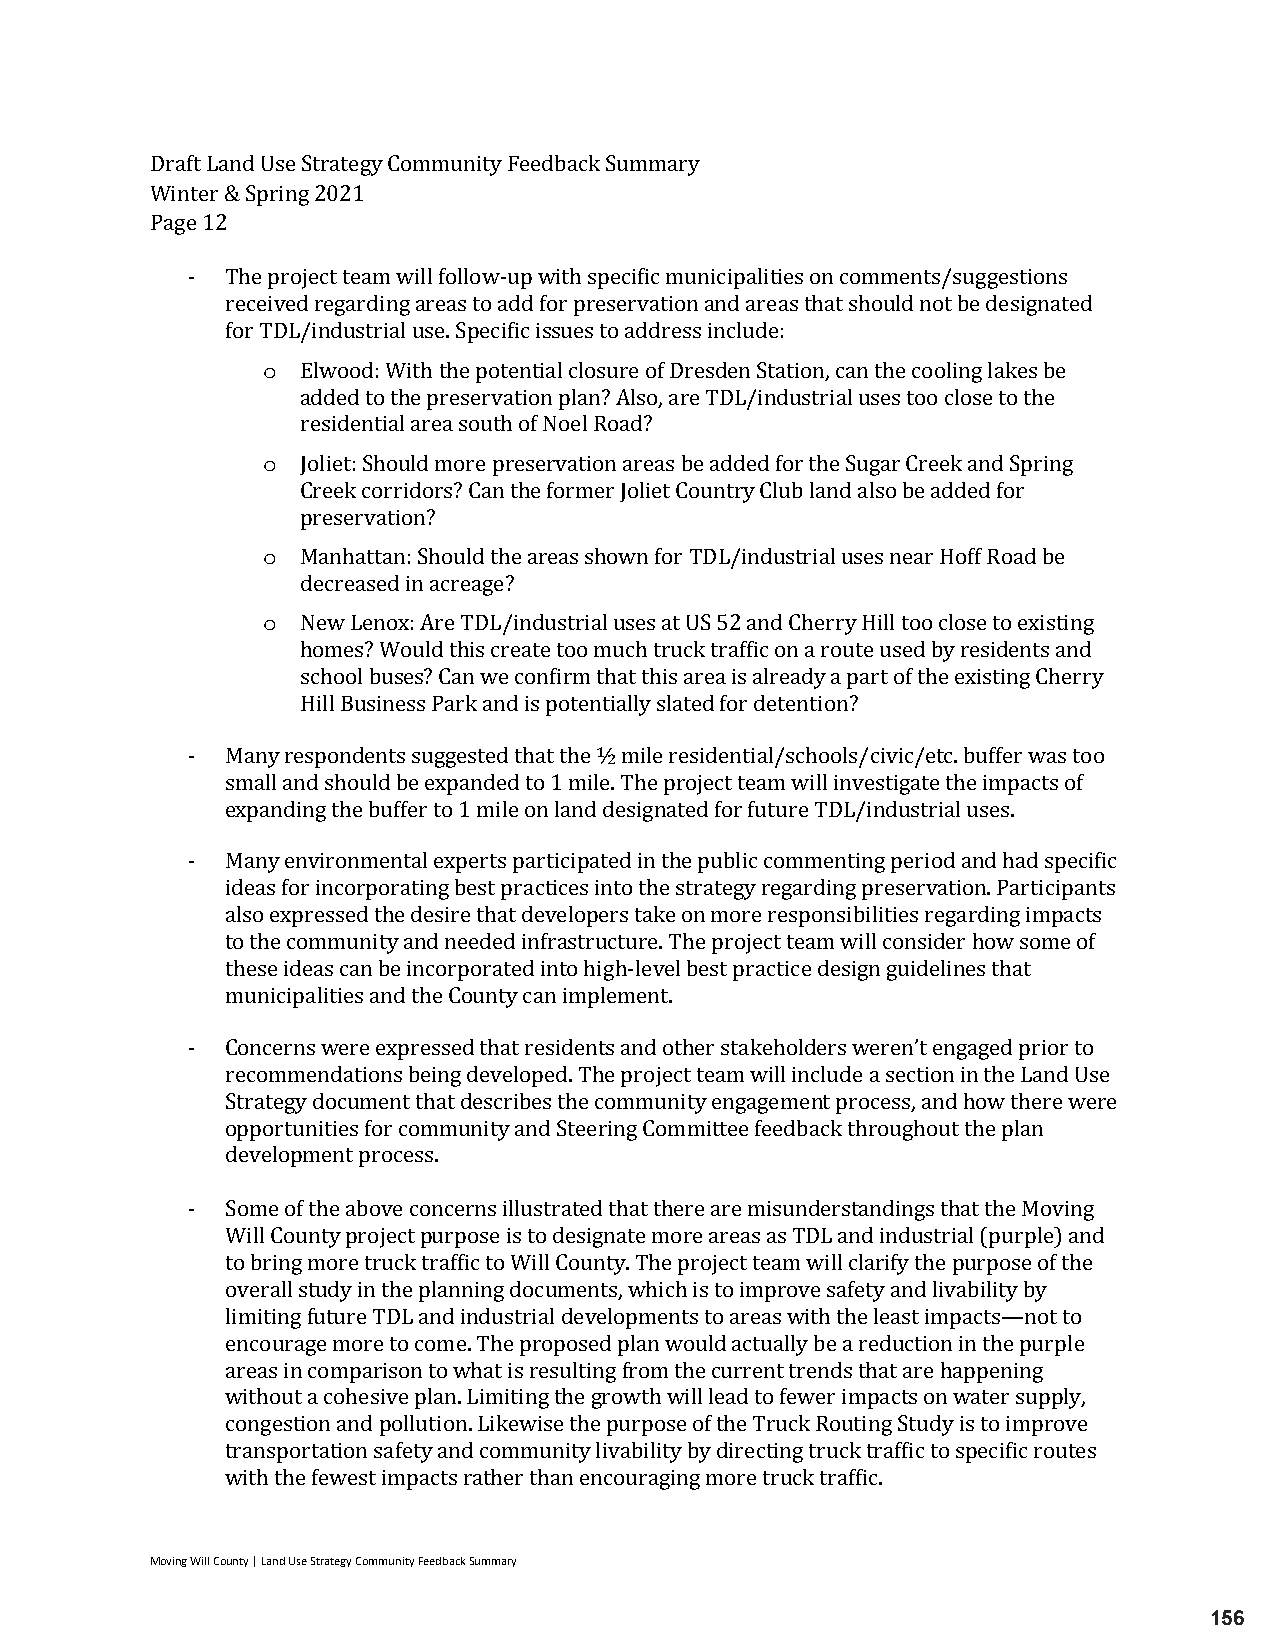
Draft Land Use Strategy Community Feedback Summary
 Winter & Spring 2021
 Page 12
 -  The project team will follow-up with specific municipalities on comments/suggestions
 received regarding areas to add for preservation and areas that should not be designated
 o
 for TDL/industrial use. Specific issues to address include:
 Elwood: With the potential closure of Dresden Station, can the cooling lakes be
 added to the preservation plan? Also, are TDL/industrial uses too close to the
 o
 residential area south of Noel Road?
 Joliet: Should more preservation areas be added for the Sugar Creek and Spring
 Creek corridors? Can the former Joliet Country Club land also be added for
 o
 preservation?
 Manhattan: Should the areas shown for TDL/industrial uses near Hoff Road be
 o
 decreased in acreage?
 New Lenox: Are TDL/industrial uses at US 52 and Cherry Hill too close to existing
 homes? Would this create too much truck traffic on a route used by residents and
 school buses? Can we confirm that this area is already a part of the existing Cherry
 Hill Business Park and is potentially slated for detention?
 -  Many respondents suggested that the ½ mile residential/schools/civic/etc. buffer was too
 small and should be expanded to 1 mile. The project team will investigate the impacts of
 expanding the buffer to 1 mile on land designated for future TDL/industrial uses.
 -  Many environmental experts participated in the public commenting period and had specific
 ideas for incorporating best practices into the strategy regarding preservation. Participants
 also expressed the desire that developers take on more responsibilities regarding impacts
 to the community and needed infrastructure. The project team will consider how some of
 these ideas can be incorporated into high-level best practice design guidelines that
 municipalities and the County can implement.
 -  Concerns were expressed that residents and other stakeholders weren’t engaged prior to
 recommendations being developed. The project team will include a section in the Land Use
 Strategy document that describes the community engagement process, and how there were
 opportunities for community and Steering Committee feedback throughout the plan
 development process.
 -  Some of the above concerns illustrated that there are misunderstandings that the Moving
 Will County project purpose is to designate more areas as TDL and industrial (purple) and
 to bring more truck traffic to Will County. The project team will clarify the purpose of the
 overall study in the planning documents, which is to improve safety and livability by
 limiting future TDL and industrial developments to areas with the least impacts—not to
 encourage more to come. The proposed plan would actually be a reduction in the purple
 areas in comparison to what is resulting from the current trends that are happening
 without a cohesive plan. Limiting the growth will lead to fewer impacts on water supply,
 congestion and pollution. Likewise the purpose of the Truck Routing Study is to improve
 transportation safety and community livability by directing truck traffic to specific routes
 with the fewest impacts rather than encouraging more truck traffic.
 Moving Will County | Land Use Strategy Community Feedback Summary
 156